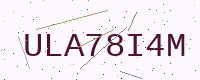
Text: ULA78I4M